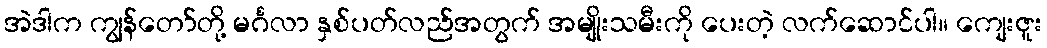
အဲဒါက ကျွန်တော်တို့ မင်္ဂလာ နှစ်ပတ်လည်အတွက် အမျိုးသမီးကို ပေးတဲ့ လက်ဆောင်ပါ။ ကျေးဇူး